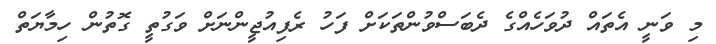
މި ވަނީ އެތައް ދުވަހެއްގެ ދެބަސްވުންތަކަށް ފަހު ރެފިއުޖީންނަށް ވަގުތީ ގޮތުން ހިމާޔަތް